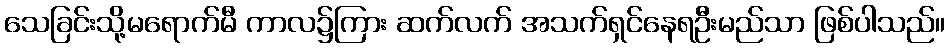
သေခြင်းသို့မရောက်မီ ကာလ၌ကြား ဆက်လက် အသက်ရှင်နေရဦးမည်သာ ဖြစ်ပါသည်။